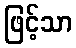
ဖြင့်သာ